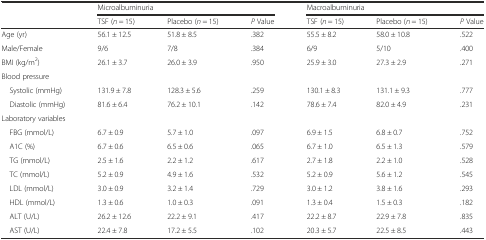
| <ROWSPAN=2>  | <COLSPAN=3> Microalbuminuria | <COLSPAN=3> Macroalbuminuria |
 | TSF (n = 15) | Placebo (n = 15) | P Value | TSF (n = 15) | Placebo (n = 15) | P Value |
 | --- | --- | --- | --- | --- | --- | --- |
 | Age (yr) | 56.1 ± 12.5 | 51.8 ± 8.5 | .382 | 55.5 ± 8.2 | 58.0 ± 10.8 | .522 |
 | Male/Female | 9/6 | 7/8 | .384 | 6/9 | 5/10 | .400 |
 | BMI (kg/m2) | 26.1 ± 3.7 | 26.0 ± 3.9 | .950 | 25.9 ± 3.0 | 27.3 ± 2.9 | .271 |
 | <COLSPAN=7> Blood pressure |
 | Systolic (mmHg) | 131.9 ± 7.8 | 128.3 ± 5.6 | .259 | 130.1 ± 8.3 | 131.1 ± 9.3 | .777 |
 | Diastolic (mmHg) | 81.6 ± 6.4 | 76.2 ± 10.1 | .142 | 78.6 ± 7.4 | 82.0 ± 4.9 | .231 |
 | <COLSPAN=7> Laboratory variables |
 | FBG (mmol/L) | 6.7 ± 0.9 | 5.7 ± 1.0 | .097 | 6.9 ± 1.5 | 6.8 ± 0.7 | .752 |
 | A1C (%) | 6.7 ± 0.6 | 6.5 ± 0.6 | .065 | 6.7 ± 1.0 | 6.5 ± 1.3 | .579 |
 | TG (mmol/L) | 2.5 ± 1.6 | 2.2 ± 1.2 | .617 | 2.7 ± 1.8 | 2.2 ± 1.0 | .528 |
 | TC (mmol/L) | 5.2 ± 0.9 | 4.9 ± 1.6 | .532 | 5.2 ± 0.9 | 5.6 ± 1.2 | .545 |
 | LDL (mmol/L) | 3.0 ± 0.9 | 3.2 ± 1.4 | .729 | 3.0 ± 1.2 | 3.8 ± 1.6 | .293 |
 | HDL (mmol/L) | 1.3 ± 0.6 | 1.0 ± 0.3 | .091 | 1.3 ± 0.4 | 1.5 ± 0.3 | .182 |
 | ALT (U/L) | 26.2 ± 12.6 | 22.2 ± 9.1 | .417 | 22.2 ± 8.7 | 22.9 ± 7.8 | .835 |
 | AST (U/L) | 22.4 ± 7.8 | 17.2 ± 5.5 | .102 | 20.3 ± 5.7 | 22.5 ± 8.5 | .443 |